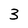
Character: 3